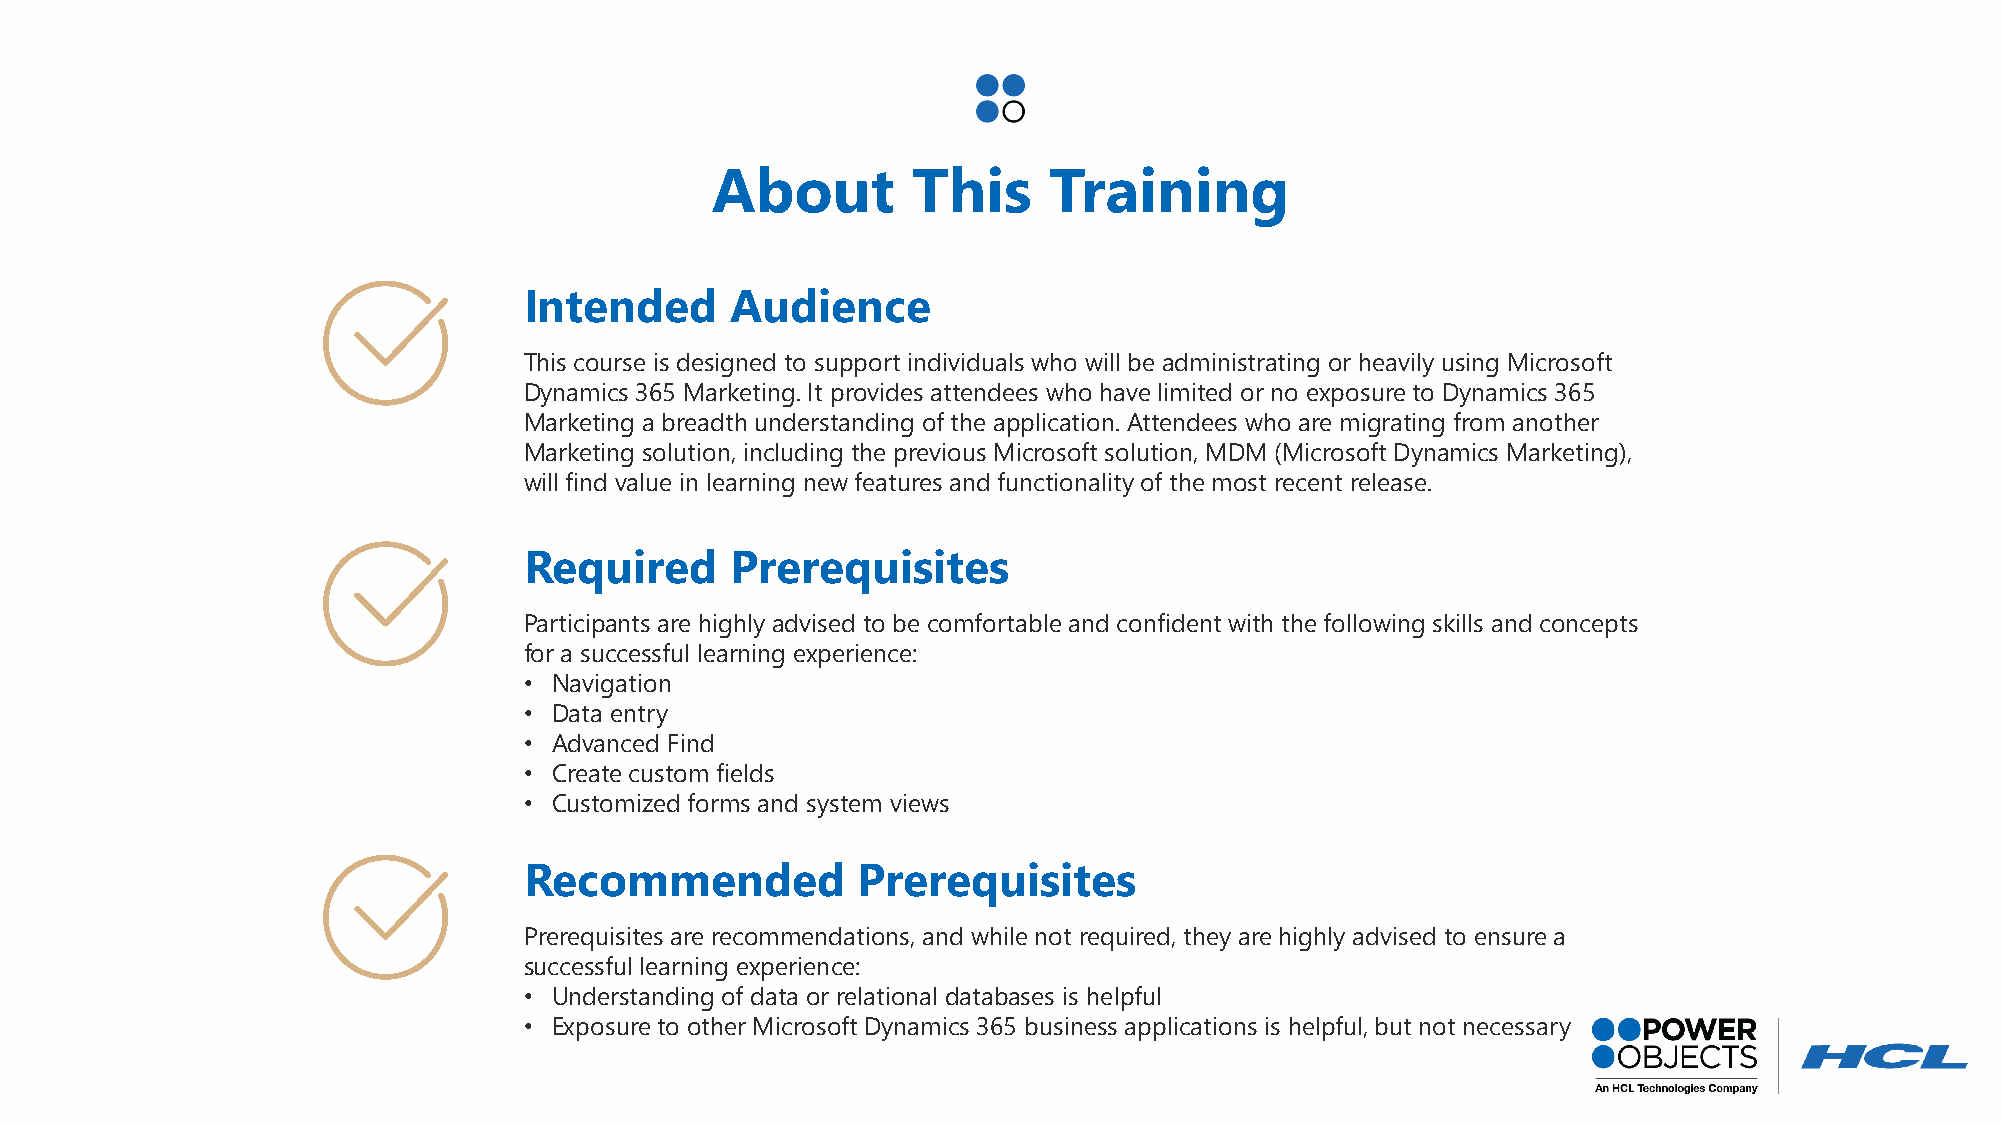
About        This     Training
 Intended     Audience
 This course is designed to support individuals who will be administrating or heavily using Microsoft
 Dynamics 365 Marketing. It provides attendees who have limited or no exposure to Dynamics 365
 Marketing a breadth understanding of the application. Attendees who are migrating from another
 Marketing solution, including the previous Microsoft solution, MDM (Microsoft Dynamics Marketing),
 will find value in learning new features and functionality of the most recent release.
 Required     Prerequisites
 Participants are highly advised to be comfortable and confident with the following skills and concepts
 for a successful learning experience:
 • Navigation
 • Data entry
 • Advanced Find
 • Create custom fields
 • Customized forms and system views
 Recommended           Prerequisites
 Prerequisites are recommendations, and while not required, they are highly advised to ensure a
 successful learning experience:
 • Understanding of data or relational databases is helpful
 • Exposure to other Microsoft Dynamics 365 business applications is helpful, but not necessary